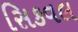
સિકવલ